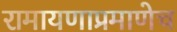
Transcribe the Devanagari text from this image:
रामायणाप्रमाणेच